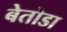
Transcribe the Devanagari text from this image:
बेतोडा